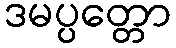
ဒမပ္ပတ္တော